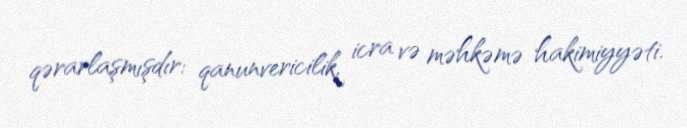
qərarlaşmışdır: qanunvericilik, icra və məhkəmə hakimiyyəti.